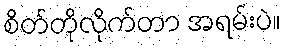
စိတ်တိုလိုက်တာ အရမ်းပဲ။